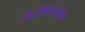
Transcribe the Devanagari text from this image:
केटेलिस्कोप